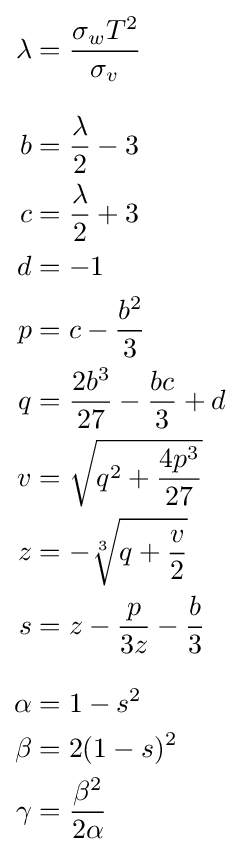
{\begin{aligned}\lambda &={\frac {\sigma _{w}T^{2}}{\sigma _{v}}}\\[2ex]b&={\frac {\lambda }{2}}-3\\c&={\frac {\lambda }{2}}+3\\d&=-1\\p&=c-{\frac {b^{2}}{3}}\\q&={\frac {2b^{3}}{27}}-{\frac {bc}{3}}+d\\v&={\sqrt {q^{2}+{\frac {4p^{3}}{27}}}}\\z&=-{\sqrt[{3}]{q+{\frac {v}{2}}}}\\s&=z-{\frac {p}{3z}}-{\frac {b}{3}}\\[2ex]\alpha &=1-s^{2}\\\beta &=2(1-s)^{2}\\\gamma &={\frac {\beta ^{2}}{2\alpha }}\end{aligned}}